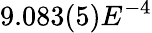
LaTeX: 9.083(5)E^{-4}